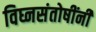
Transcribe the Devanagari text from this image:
विघ्नसंतोषींनी